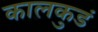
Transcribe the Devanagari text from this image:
कालकुडं